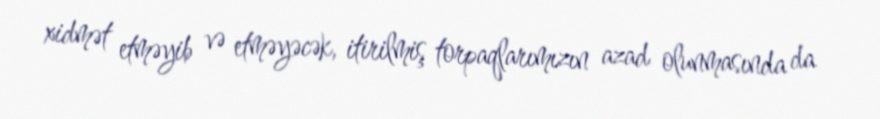
xidmət etməyib və etməyəcək, itirilmiş torpaqlarımızın azad olunmasında da